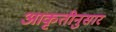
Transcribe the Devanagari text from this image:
आकृतीनुसार